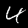
Label: 4